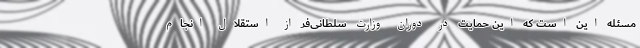
مسئله این است که این حمایت در دوران وزارت سلطانی‌فر از استقلال انجام